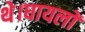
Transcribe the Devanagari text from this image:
थे।घायलों